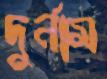
দুর্নাম